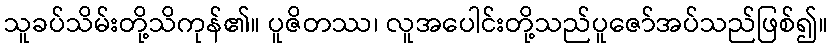
သူခပ်သိမ်းတို့သိကုန်၏။ ပူဇိတဿ၊ လူအပေါင်းတို့သည်ပူဇော်အပ်သည်ဖြစ်၍။